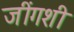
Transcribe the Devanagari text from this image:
जींगशी